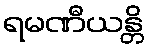
ရမဏီယန္တိ